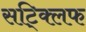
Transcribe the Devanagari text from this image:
सट्क्लिफ